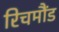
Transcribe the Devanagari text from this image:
रिचमौंड